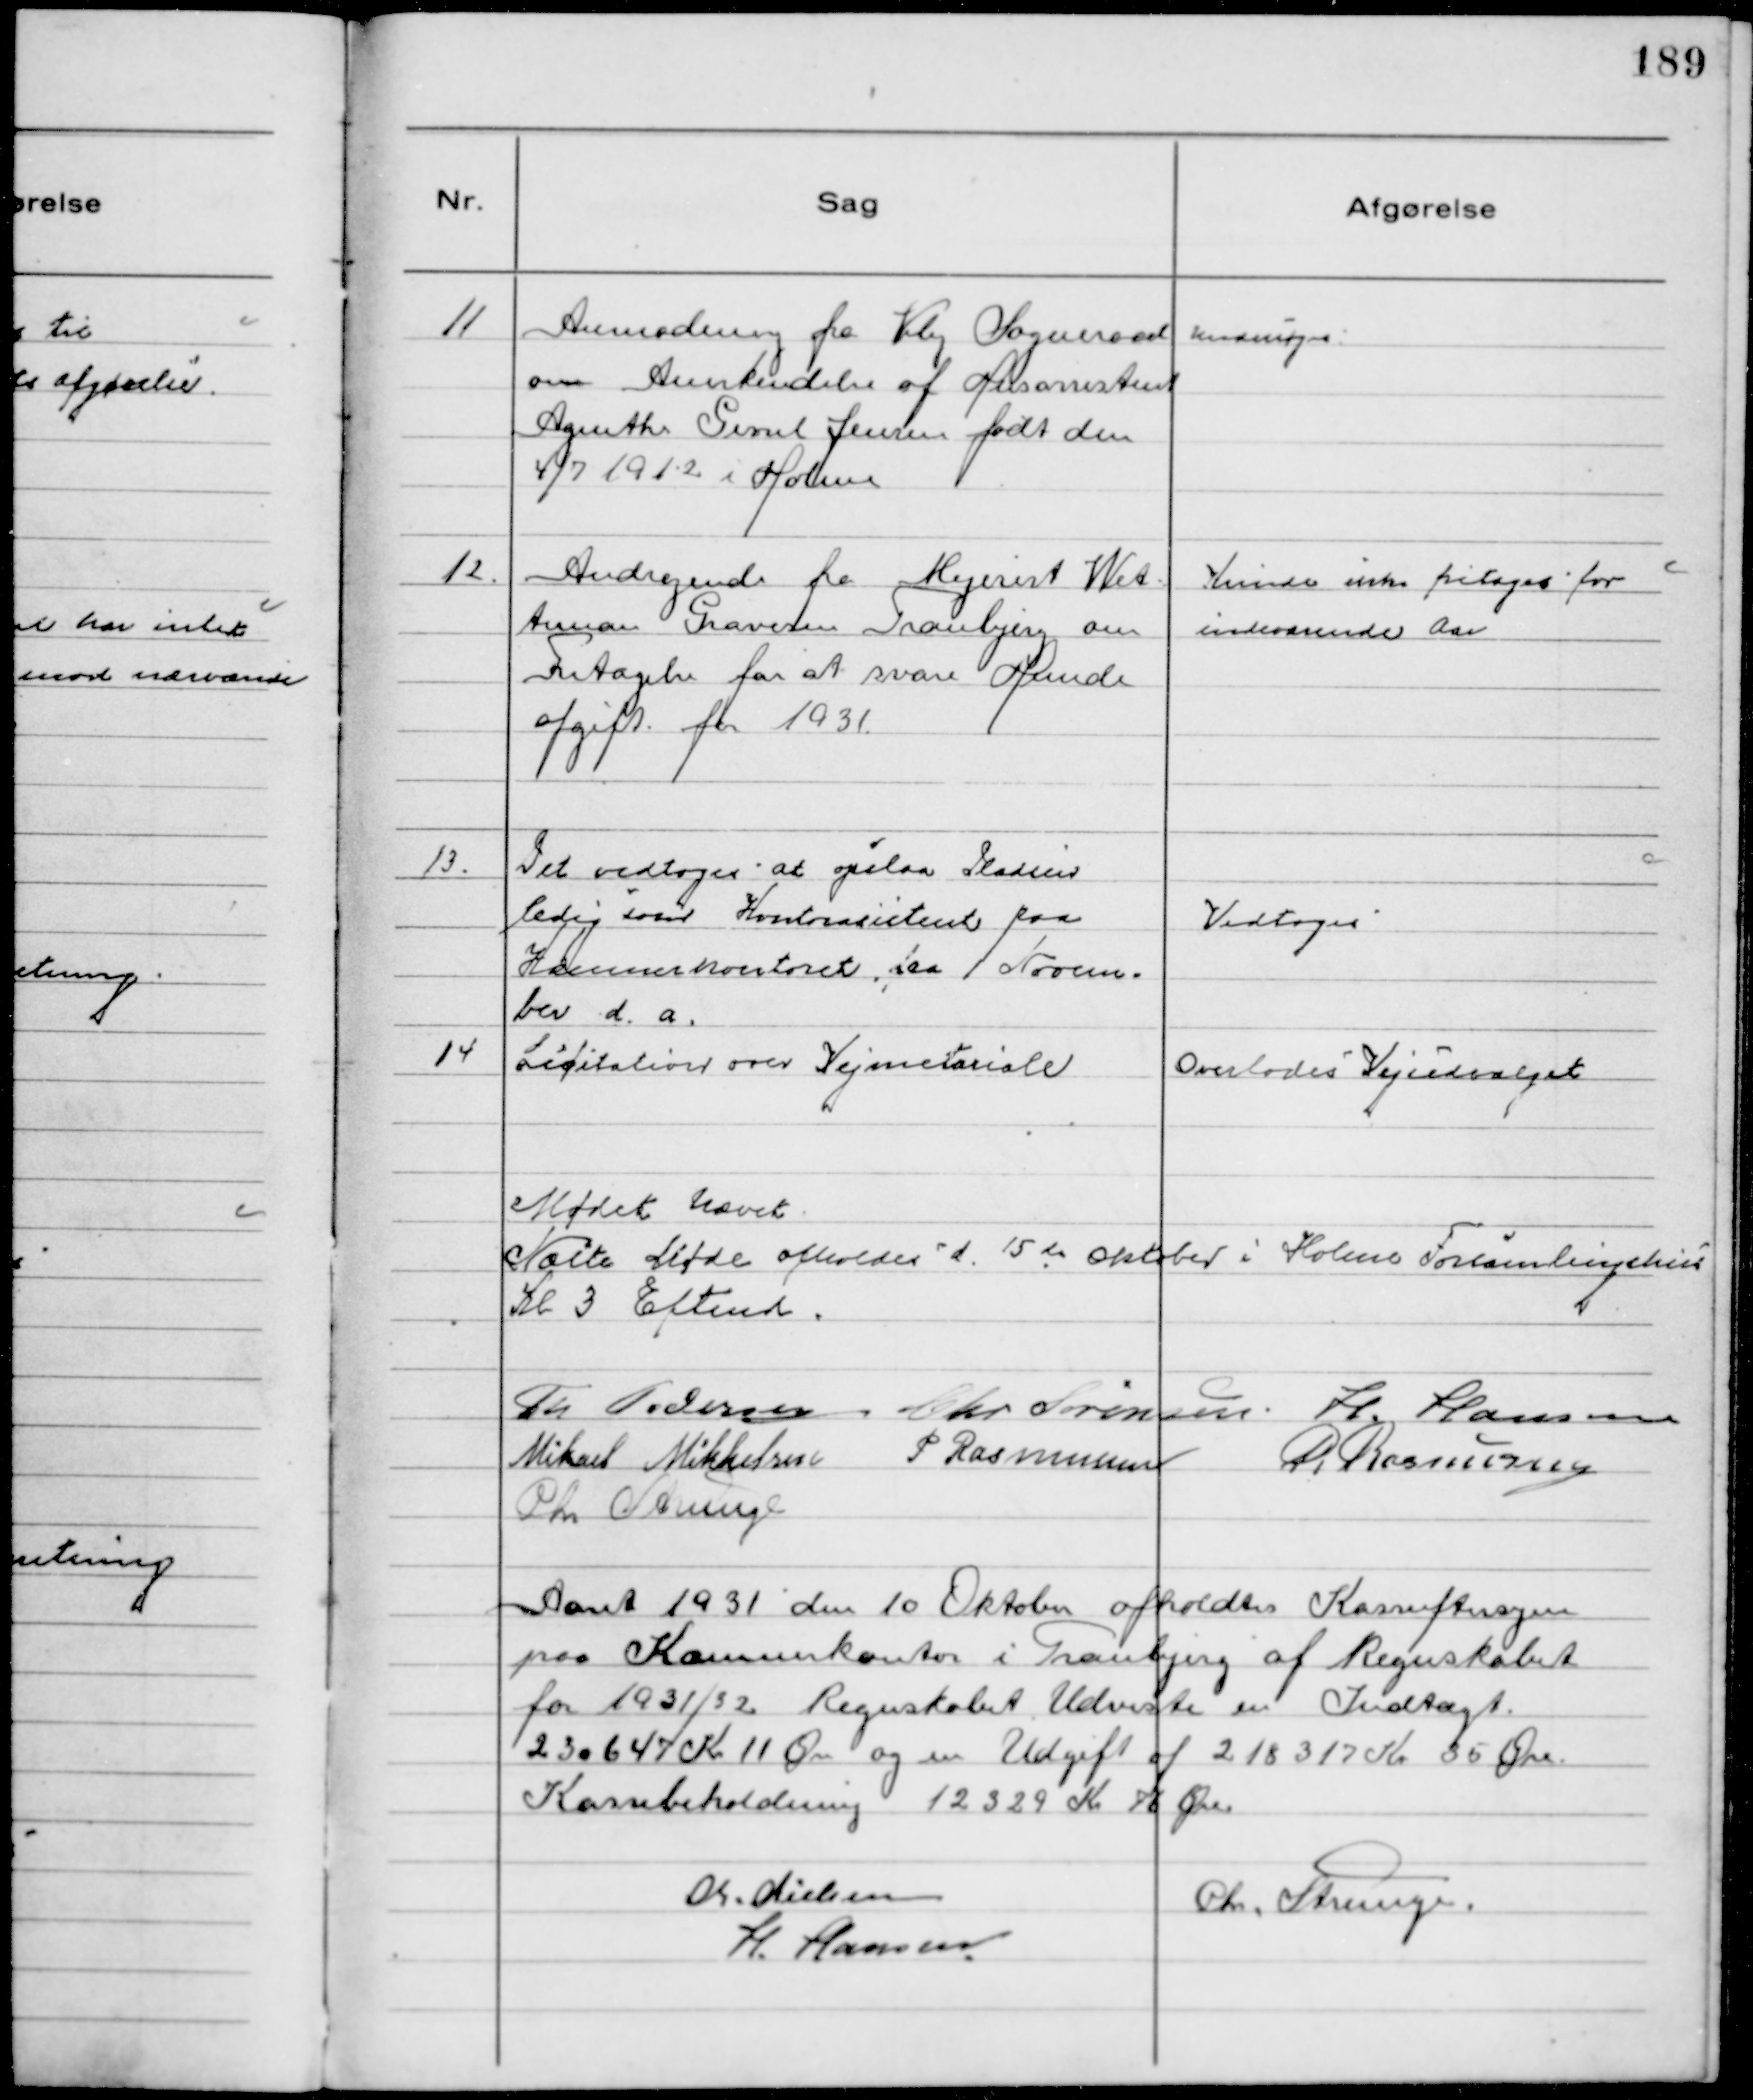
Transskription:
11
Anmodning fra Viby Sogneraad
om Anerkendelse af Husassistent
Agnethe Gissel Jensen født den
4/7 1912 i Holme

Undersøges

12.
Andragende fra Mejerist Wet-
teman Gravesen Tranbjerg om 
Fritagelse for at svare Hunde
afgift for 1931.

Kunde ikke fritages for
indeværende Aar

13.
Det vedtoges at opslaa Pladsen
ledig som Kontorasistent paa
Kommunekontoret, fra Novem-
ber d.a.

Vedtoges

14
Licitation over Vejmateriale

Overlodes Vejudvalget

Mødet hævet
Næste Møde afholdes d. 15 de Oktober i Holme Forsamlingshus
Kl 3 Eftemd.
Th Pedersen Chr Sørensen. H. Hansen
Mikael Mikkelsen P Rasmussen 
R. Rasmussen
Chr Strunge

Aaret 1931 den 10 Oktober afholdtes Kasseeftersyn
paa Kommunekontor i Tranbjerg af Regnskabet
for 1931/32 Regnskabet Udviste en Indtægt
230647 Kr 11 Øre og en Udgift af 218317 Kr 35 Øre.
Kassebeholdning 12329 Kr 76 Øre
Chr. Nielsen
Chr. Strunge
H. Hansen